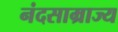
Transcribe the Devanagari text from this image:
नंदसाम्राज्य